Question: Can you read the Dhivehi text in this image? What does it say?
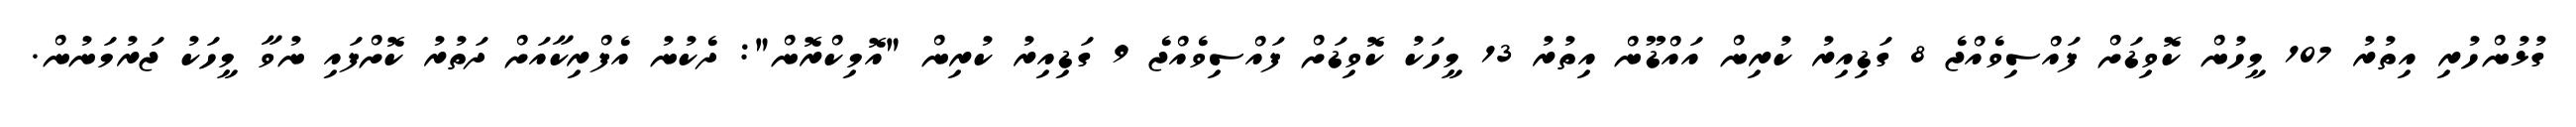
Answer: ގުޅުންހުރި އިތުރު 107 މީހުން ކޮވިޑަށް ފައްސިވެއްޖެ 8 ގަޑިއިރު ކުރިން އައްޑޫން އިތުރު 13 މީހަކު ކޮވިޑަށް ފައްސިވެއްޖެ 9 ގަޑިއިރު ކުރިން "އޮމިކްރޮން": ދެކުނު އެފްރިކާއަށް ދަތުރު ކޮށްފައި ނުވާ މީހަކު ޖަރުމަނުން.